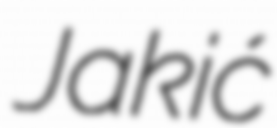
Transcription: Jakić